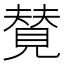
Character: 𫌡